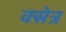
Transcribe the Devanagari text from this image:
क्सेत्र